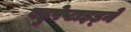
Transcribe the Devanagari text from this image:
बहुपेप्टाइड्ने